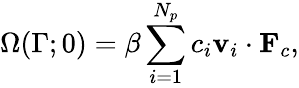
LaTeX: \Omega(\Gamma;0)=\beta\sum_{i=1}^{N_{p}}c_{i}\mathbf{v}_{i}\cdot\mathbf{F}_{c},